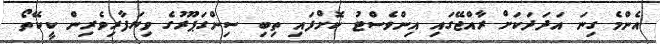
އެންމެ ގިނަ އަދަދަކަށް ރާއްޖޭގައި އިންވެސްޓު ކޮށްފައި ތިބި ސިންގަޕޫރުގެ ވިޔަފާރިވެރިން ކީކޭތޯ